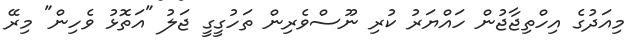
މިއަދުގެ އިހްތިޖާޖުން ހައްޔަރު ކުރި ނޫސްވެރިން ތަހުގީގީ ޖަލު "އަތޮޅު ވެހިން" މިރޭ